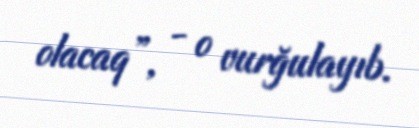
olacaq”, - o vurğulayıb.